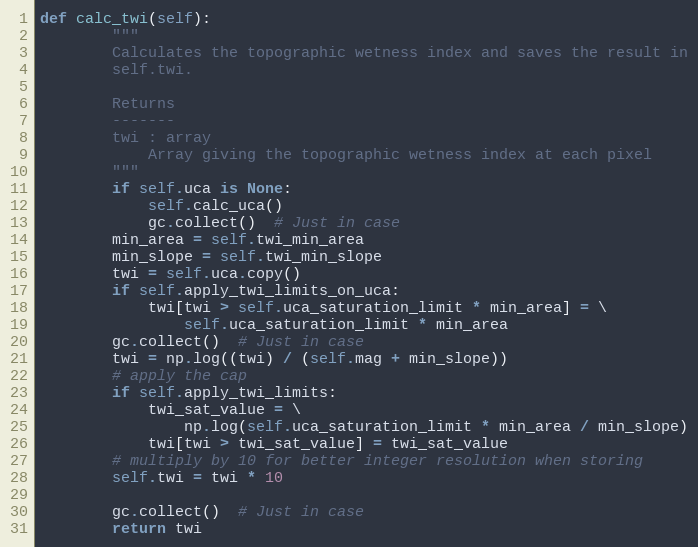
Language: Python
def calc_twi(self):
        """
        Calculates the topographic wetness index and saves the result in
        self.twi.

        Returns
        -------
        twi : array
            Array giving the topographic wetness index at each pixel
        """
        if self.uca is None:
            self.calc_uca()
            gc.collect()  # Just in case
        min_area = self.twi_min_area
        min_slope = self.twi_min_slope
        twi = self.uca.copy()
        if self.apply_twi_limits_on_uca:
            twi[twi > self.uca_saturation_limit * min_area] = \
                self.uca_saturation_limit * min_area
        gc.collect()  # Just in case
        twi = np.log((twi) / (self.mag + min_slope))
        # apply the cap
        if self.apply_twi_limits:
            twi_sat_value = \
                np.log(self.uca_saturation_limit * min_area / min_slope)
            twi[twi > twi_sat_value] = twi_sat_value
        # multiply by 10 for better integer resolution when storing
        self.twi = twi * 10

        gc.collect()  # Just in case
        return twi